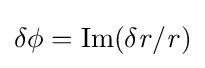
\delta {\it {{\phi }={\rm {{Im}({\it {{\delta r/r})}}}}}}